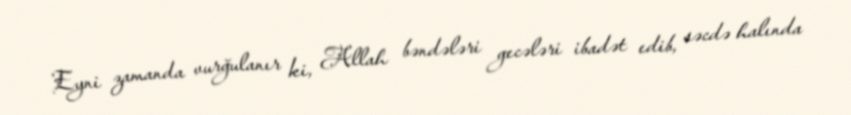
Eyni zamanda vurğulanır ki, Allah bəndələri gecələri ibadət edib, səcdə halında